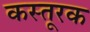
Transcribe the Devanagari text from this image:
कस्तूरक